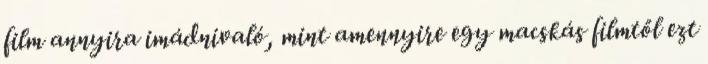
film annyira imádnivaló, mint amennyire egy macskás filmtől ezt